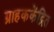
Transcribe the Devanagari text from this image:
ग्राहककेंद्रित